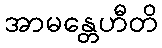
အာမန္တေဟီတိ